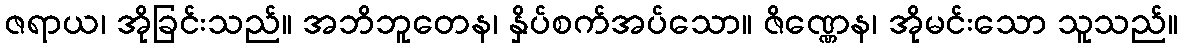
ဇရာယ၊ အိုခြင်းသည်။ အဘိဘူတေန၊ နှိပ်စက်အပ်သော။ ဇိဏ္ဏေန၊ အိုမင်းသော သူသည်။